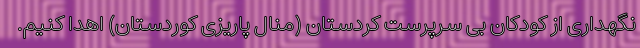
نگهداری از کودکان بی سرپرست کردستان (منال پاریزی کوردستان) اهدا کنیم.